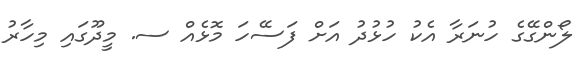
ލޯންގޭގެ ހުނަރާ އެކު ހުޅުދު އަށް ފަސޭހަ މޮޅެއް ސ. މީދޫގައި މިހާރު